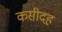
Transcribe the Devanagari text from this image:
कसीदह